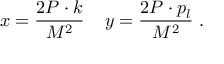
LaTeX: x = \frac { 2 P \cdot k } { M ^ { 2 } } \; \; \; \; y = \frac { 2 P \cdot p _ { l } } { M ^ { 2 } } \; .